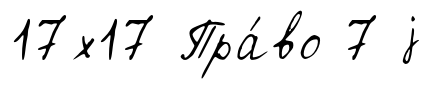
17х17 Пра́во 7 j